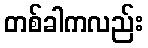
တစ်ခါကလည်း